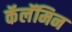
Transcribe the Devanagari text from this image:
कॅलॅमिन